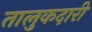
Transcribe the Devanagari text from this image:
तालुकदारी